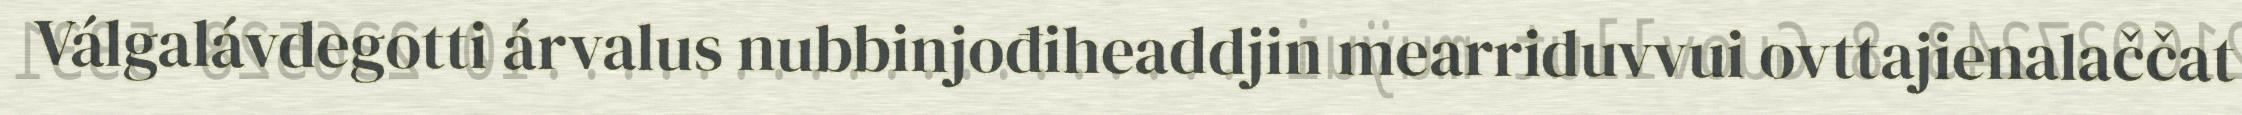
Válgalávdegotti árvalus nubbinjođiheaddjin mearriduvvui ovttajienalaččat